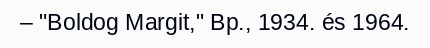
– "Boldog Margit," Bp., 1934. és 1964.